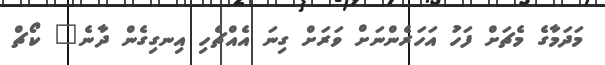
މަދަމާގެ މެޗަށް ފަހަު އަހަރެންނަށް ވަރަށް ގިނަ އެއްޗެހި އިނގިގެން ދާނެ" ކޯޗް